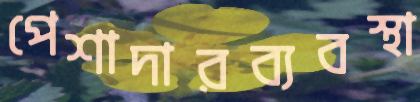
পেশাদারব্যবস্থা